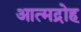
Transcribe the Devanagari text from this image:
आत्मद्रोह